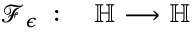
\begin{array} { r l } { \mathcal { F } _ { \epsilon } \; : \; } & { { } \mathbb { H } \longrightarrow \mathbb { H } } \end{array}